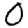
Digit: 0